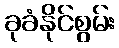
ခုခံနိုင်စွမ်း